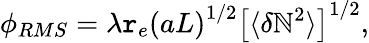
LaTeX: \phi_{RMS}=\lambda\mathtt{r}_{e}\left(aL\right)^{1/2}\left[\langle\delta\mathbb{N}^{2}\rangle\right]^{1/2},